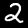
Label: 2